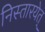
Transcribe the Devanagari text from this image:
निस्तारयेत्